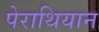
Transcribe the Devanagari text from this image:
पेराथियान